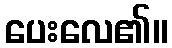
ပေးလေ၏။